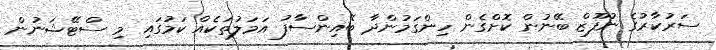
ސަރުކާރުގެ ނުފޫޒް ބޭނުން ކޮށްގެން ހިންގަމުންދާ ބޭއިންސާފު އަމަލުތަކެއް ކަމުގައި މި ސްޓޭޝަނުން